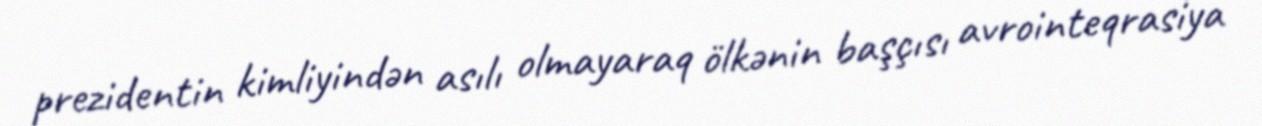
prezidentin kimliyindən asılı olmayaraq ölkənin başçısı avrointeqrasiya